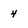
Character: 4